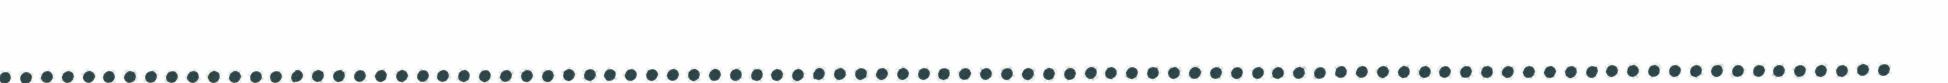
...........................................................................................